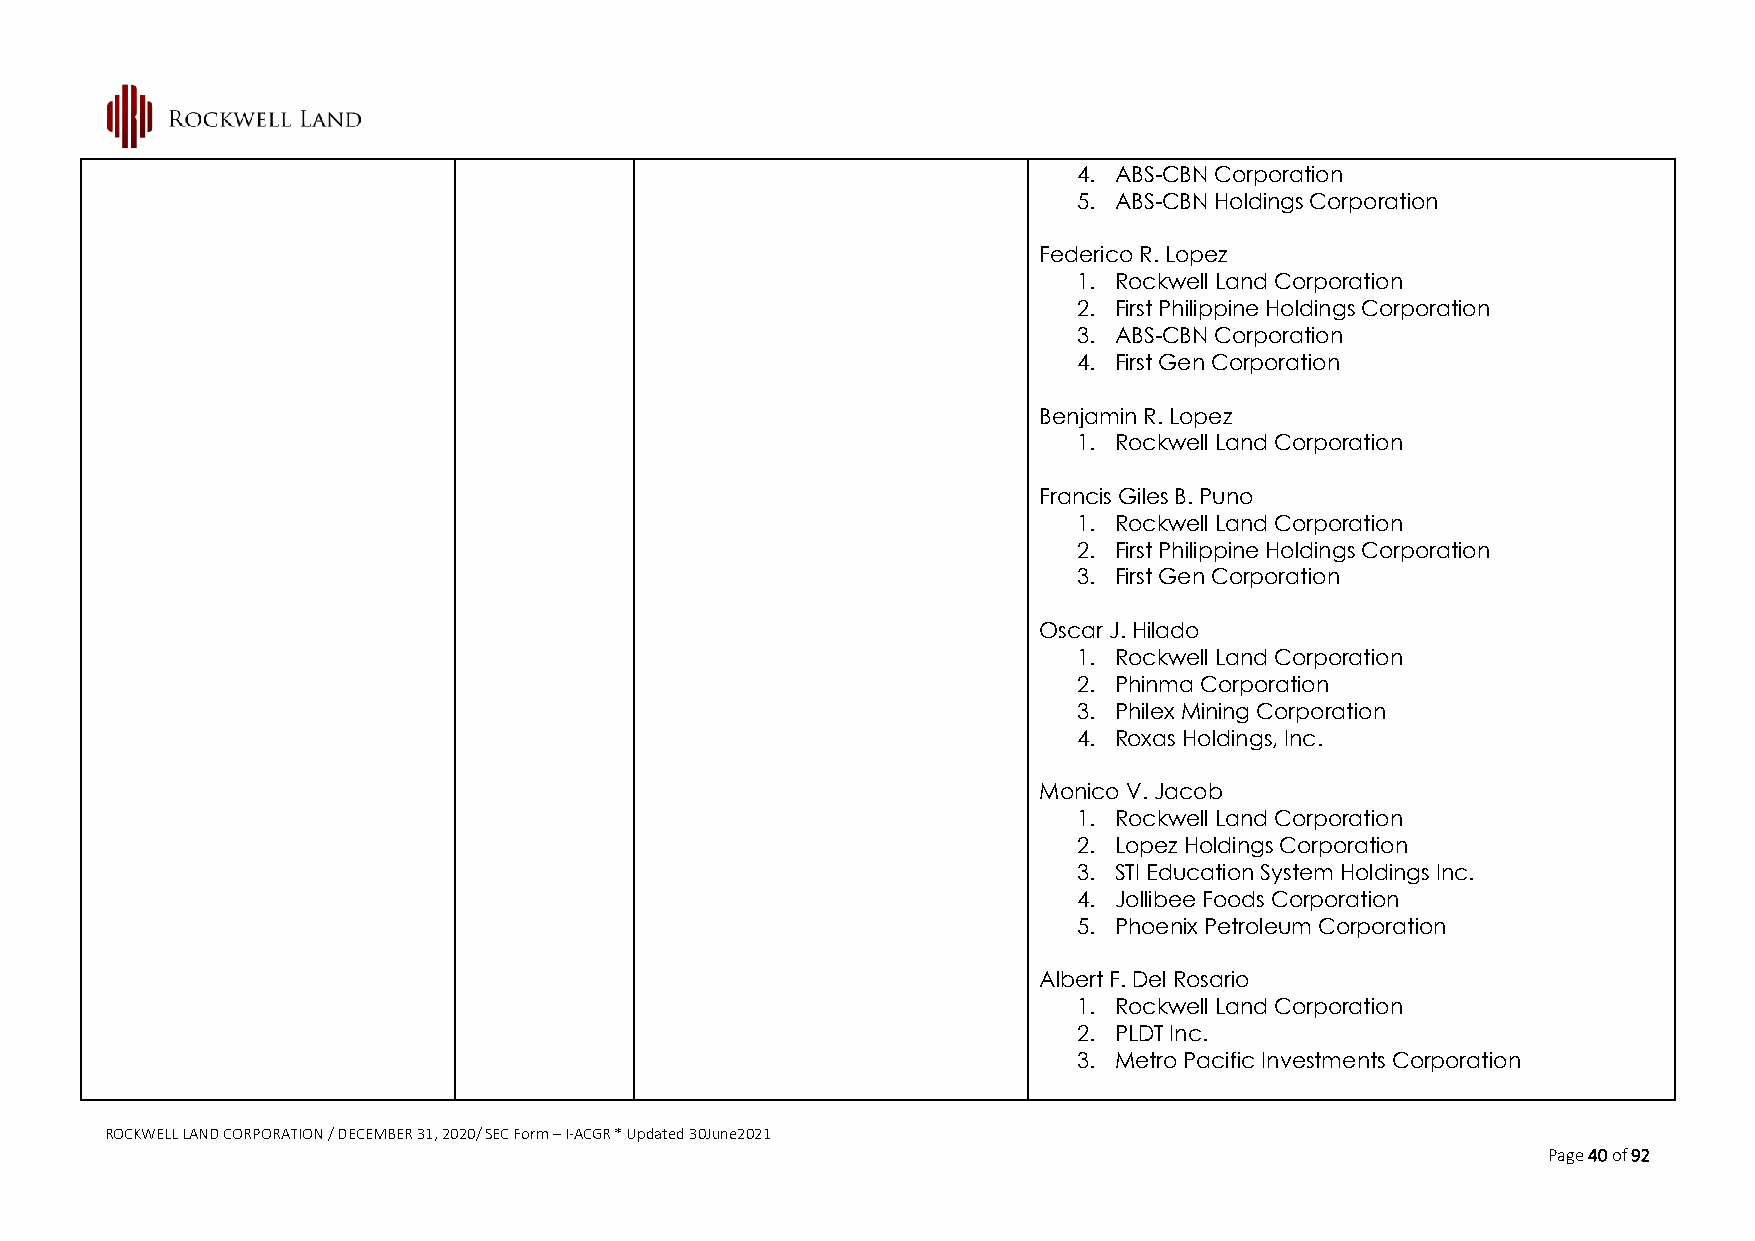
4. ABS-CBN Corporation
 5. ABS-CBN Holdings Corporation
 Federico R. Lopez
 1. Rockwell Land Corporation
 2. First Philippine Holdings Corporation
 3. ABS-CBN Corporation
 4. First Gen Corporation
 Benjamin R. Lopez
 1. Rockwell Land Corporation
 Francis Giles B. Puno
 1. Rockwell Land Corporation
 2. First Philippine Holdings Corporation
 3. First Gen Corporation
 Oscar J. Hilado
 1. Rockwell Land Corporation
 2. Phinma Corporation
 3. Philex Mining Corporation
 4. Roxas Holdings, Inc.
 Monico V. Jacob
 1. Rockwell Land Corporation
 2. Lopez Holdings Corporation
 3. STI Education System Holdings Inc.
 4. Jollibee Foods Corporation
 5. Phoenix Petroleum Corporation
 Albert F. Del Rosario
 1. Rockwell Land Corporation
 2. PLDT Inc.
 3. Metro Pacific Investments Corporation
 ROCKWELL LAND CORPORATION / DECEMBER 31, 2020/ SEC Form – I-ACGR * Updated 30June2021
 Page 40 of 92